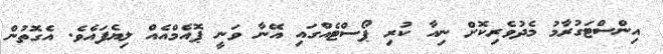
އިންސްޓަގުރާމު މެދުވެރިކޮށް ނިއާ ކުރި ޕޯސްޓެއްގައި އޭނާ ވަނީ ޕޮއެމްއެއް ލިޔެފައެވެ. އެގޮތުން